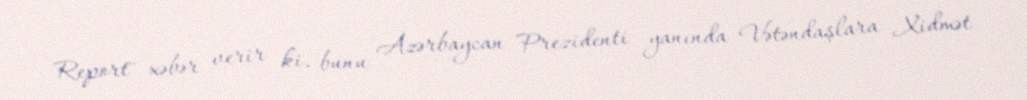
Report'' xəbər verir ki, bunu Azərbaycan Prezidenti yanında Vətəndaşlara Xidmət